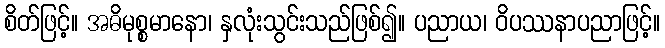
စိတ်ဖြင့်။ အဓိမုစ္စမာနော၊ နှလုံးသွင်းသည်ဖြစ်၍။ ပညာယ၊ ဝိပဿနာပညာဖြင့်။